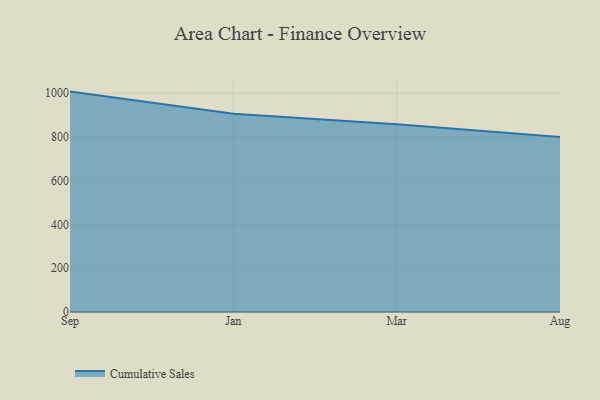
{"axis": {"x": "Month", "y": "LTV (USD)"}, "legend": ["Cumulative Sales"], "data": [{"x": "Sep", "y": 1007.5, "type": "Cumulative Sales"}, {"x": "Jan", "y": 906.2, "type": "Cumulative Sales"}, {"x": "Mar", "y": 857.9, "type": "Cumulative Sales"}, {"x": "Aug", "y": 800, "type": "Cumulative Sales"}]}